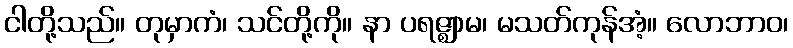
ငါတို့သည်။ တုမှာကံ၊ သင်တို့ကို။ နာ ပရဇ္ဈာမ၊ မသတ်ကုန်အံ့။ လောဘာဝ၊